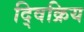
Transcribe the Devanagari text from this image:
द्विक्रिय